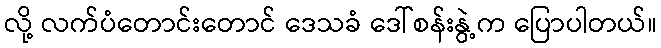
လို့ လက်ပံတောင်းတောင် ဒေသခံ ဒေါ်စန်းနွဲ့က ပြောပါတယ်။